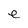
Character: e